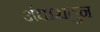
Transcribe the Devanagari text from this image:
अंधारातुन